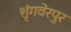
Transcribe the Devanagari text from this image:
शृंगवेरपुर